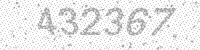
Solution: 432367